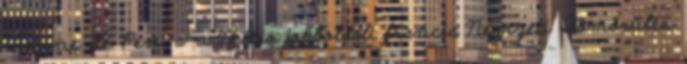
Marine Le Pen, a radikális jobboldali francia Nemzeti Tömörülés